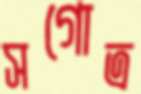
সগোত্র